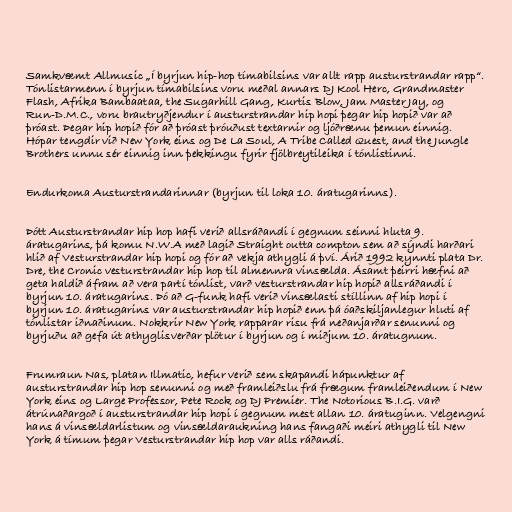
Samkvæmt Allmusic „Í byrjun hip-hop tímabilsins var allt rapp austurstrandar rapp“.
Tónlistarmenn í byrjun tímabilsins voru meðal annars DJ Kool Herc, Grandmaster
Flash, Afrika Bambaataa, the Sugarhill Gang, Kurtis Blow, Jam Master Jay, og
Run-D.M.C., voru brautryðjendur í austurstrandar hip hopi þegar hip hopið var að
þróast. Þegar hip hopið fór að þróast þróuðust textarnir og ljóðrænu þemun einnig.
Hópar tengdir við New York eins og De La Soul, A Tribe Called Quest, and the Jungle
Brothers unnu sér einnig inn þekkingu fyrir fjölbreytileika í tónlistinni.

Endurkoma Austurstrandarinnar (byrjun til loka 10. áratugarinns).

Þótt Austurstrandar hip hop hafi verið allsráðandi í gegnum seinni hluta 9.
áratugarins, þá komu N.W.A með lagið Straight outta compton sem að sýndi harðari
hlið af Vesturstrandar hip hopi og fór að vekja athygli á því. Árið 1992 kynnti plata Dr.
Dre, the Cronic vesturstrandar hip hop til almennra vinsælda. Ásamt þeirri hæfni að
geta haldið áfram að vera partí tónlist, varð vesturstrandar hip hopið allsráðandi í
byrjun 10. áratugarins. Þó að G-funk hafi verið vinsælasti stíllinn af hip hopi í
byrjun 10. áratugarins var austurstrandar hip hopið enn þá óaðskiljanlegur hluti af
tónlistar iðnaðinum. Nokkrir New York rapparar risu frá neðanjarðar senunni og
byrjuðu að gefa út athyglisverðar plötur í byrjun og í miðjum 10. áratugnum.

Frumraun Nas, platan Illmatic, hefur verið sem skapandi hápunktur af
austurstrandar hip hop senunni og með framleiðslu frá frægum framleiðendum í New
York eins og Large Professor, Pete Rock og DJ Premier. The Notorious B.I.G. varð
átrúnaðargoð í austurstrandar hip hopi í gegnum mest allan 10. áratuginn. Velgengni
hans á vinsældarlistum og vinsældaraukning hans fangaði meiri athygli til New
York á tímum þegar Vesturstrandar hip hop var alls ráðandi.